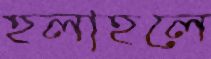
হলাহলে